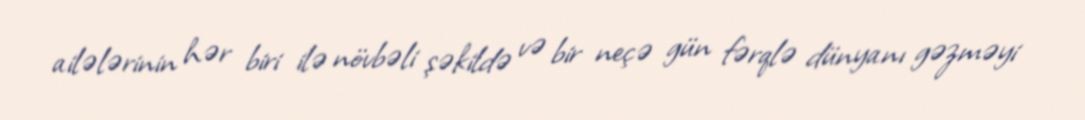
ailələrinin hər biri ilə növbəli şəkildə və bir neçə gün fərqlə dünyanı gəzməyi